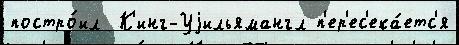
постро́ил  К'инг-Уjильямангл п'ер'ес'ека́етс'я